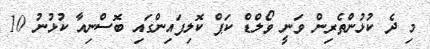
މި ދެ ކުޅުންތެރިން ވަނީ ވޯލްޑް ކަޕް ކޮލިފައިންގައި ބޮސްނިއާ ކުޅުނު 10